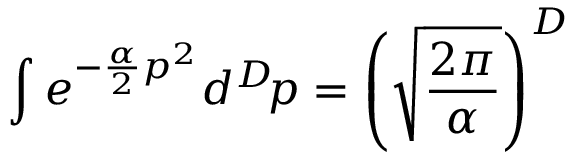
\int e ^ { - { \frac { \alpha } { 2 } } p ^ { 2 } } d ^ { D } \! p = \left( \sqrt { \frac { 2 \pi } { \alpha } } \right) ^ { D }